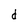
Character: d